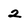
Character: 2